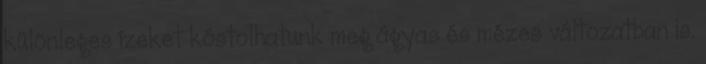
különleges ízeket kóstolhatunk meg ágyas és mézes változatban is.